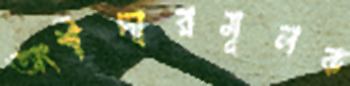
অংশীদারমূলক